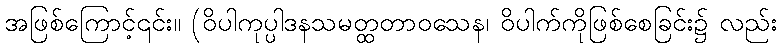
အဖြစ်ကြောင့်၎င်း။ (ဝိပါကုပ္ပါဒနသမတ္ထတာဝသေန၊ ဝိပါက်ကိုဖြစ်စေခြင်း၌ လည်း